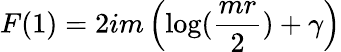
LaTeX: F(1)=2im\left(\log({\frac{mr}{2}})+\gamma\right)